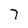
Character: 7